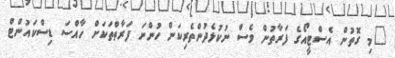
"މި ގޮތުން އެސްޓީއޯގެ ފަރާތުން ވެސް ނުކުޅެދުންތެރިކަން ހުންނަ ފަރާތްތަކަށް ހާއްސަ ޑިސްކައުންޓް